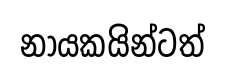
නායකයින්ටත්